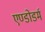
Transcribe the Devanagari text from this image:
एण्डोडर्म